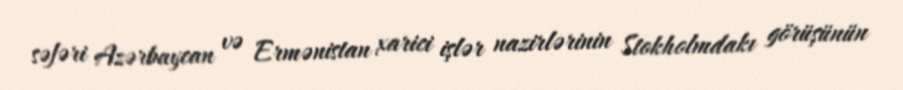
səfəri Azərbaycan və Ermənistan xarici işlər nazirlərinin Stokholmdakı görüşünün